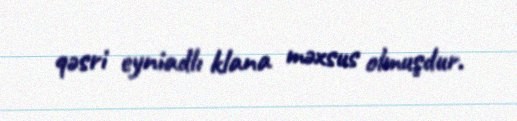
qəsri eyniadlı klana məxsus olmuşdur.